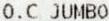
O.C JUMBO